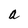
Character: a